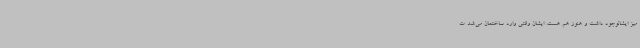
میز ایشانوجود داشت و هنوز هم هست. ایشان وقتی وارد ساختمان می‌شد ت